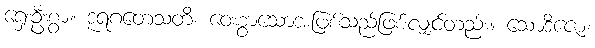
ရှေးဦးစွာ။ ဒူရဂတေသတိ၊ ဝေးစွာသောအဖြစ်သည်ဖြစ်လျှင်တည်း။ သောဒိဇော၊